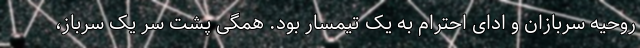
روحیه سربازان و ادای احترام به یک تیمسار بود. همگی پشت سر یک سرباز،